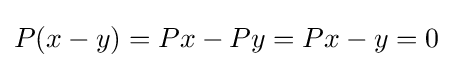
P(x-y)=Px-Py=Px-y=0